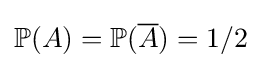
\mathbb {P} (A)=\mathbb {P} ({\overline {A}})=1/2